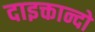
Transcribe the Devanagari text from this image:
दाइक्तान्दो